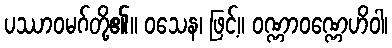
ပဿာဝမဂ်တို့၏။ ဝသေန၊ ဖြင့်။ ဝဏ္ဏာဝဏ္ဏေဟိဝါ၊